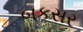
બકસર